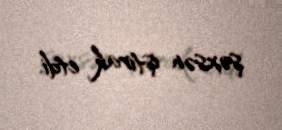
şəxsən iştirak etdi.